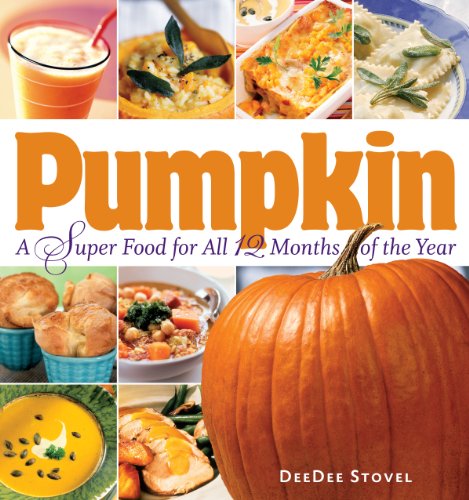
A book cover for Pumpkin, a Super Food for All 12 Months of the Year; DeeDee Stovel; Cookbooks, Food & Wine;